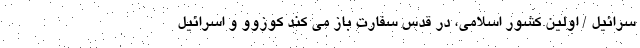
سرائیل / اولین کشور اسلامی، در قدس سفارت باز می کند کوزوو و اسرائیل